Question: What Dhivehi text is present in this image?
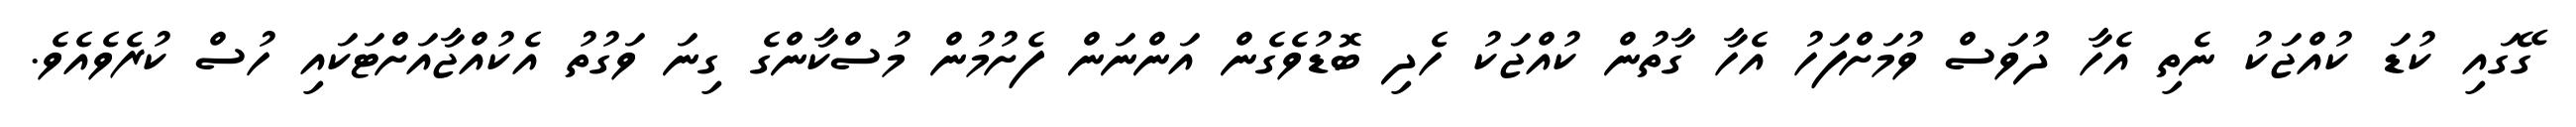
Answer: ގޭގައި ކުޑަ ކުއްޖަކު ނެތި އެހާ ދުވަސް ވުމަށްފަހު އެހާ ގާތުން ކުއްޖަކު ހެދި ބޮޑުވެގެން އަންނަން ފެށުމުން މުސްކާންގެ ގިނަ ވަގުތު އެކުއްޖާއަށްޓަކައި ހުސް ކުރެވެއެވެ.